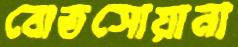
বোতসোয়ানা